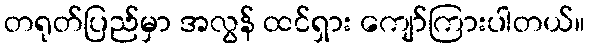
တရုတ်ပြည်မှာ အလွန် ထင်ရှား ကျော်ကြားပါတယ်။